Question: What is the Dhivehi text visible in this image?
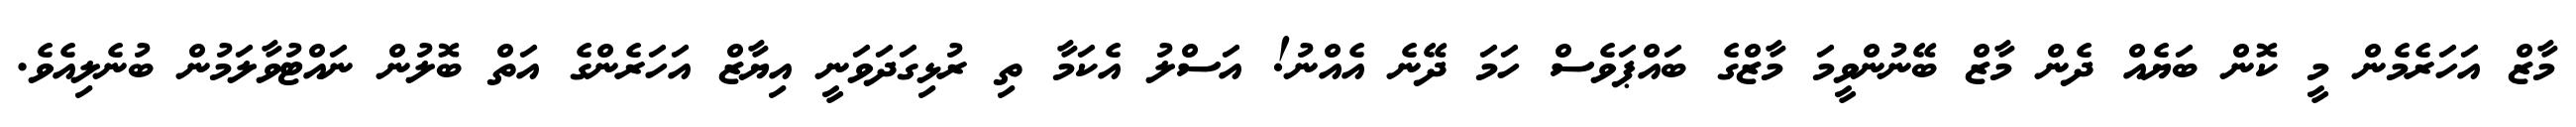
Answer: މާޒް އަހަރެމެން މީ ކޮން ބަޔެއް ދެން މާޒް ބޭނުންވީމަ މާޒްގެ ބައްޕަވެސް ހަމަ ދޭނެ އެއްނު! އަސްލު އެކަމާ ތި ރުޅިގަދަވަނީ އިޔާޒް އަހަރެންގެ އަތް ބޮލުން ނައްޓުވާލަމުން ބުނެލިއެވެ.